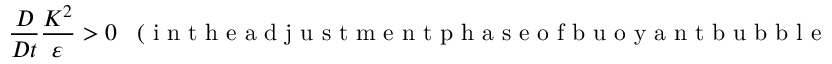
\frac { D } { D t } \frac { K ^ { 2 } } { \varepsilon } > 0 \; \; \; ( \mathrm { ~ i ~ n ~ t ~ h ~ e ~ a ~ d ~ j ~ u ~ s ~ t ~ m ~ e ~ n ~ t ~ p ~ h ~ a ~ s ~ e ~ o ~ f ~ b ~ u ~ o ~ y ~ a ~ n ~ t ~ b ~ u ~ b ~ b ~ l ~ e ~ p ~ l ~ u ~ m ~ e ~ } ) .